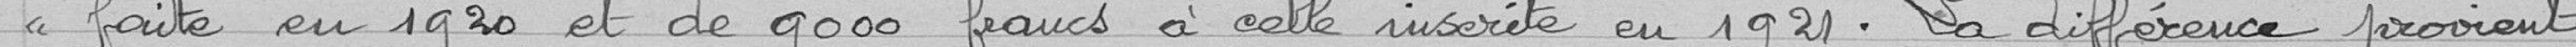
faite en 1920 et de 9000 francs à celle inscrite en 1921. La différence provient